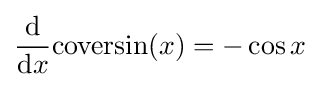
{\frac {\mathrm {d} }{\mathrm {d} x}}\mathrm {coversin} (x)=-\cos {x}